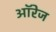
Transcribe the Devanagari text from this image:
ऑरेज